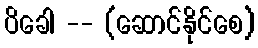
ပိခေါ -- (ဆောင်နိုင်စေ)